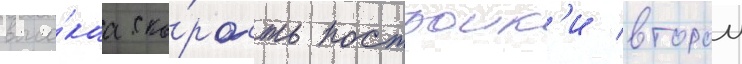
высо́каа ско́рость построик'и второи